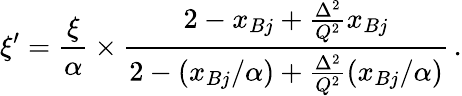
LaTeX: \xi^{\prime}=\frac{\xi}{\alpha}\times\frac{2-x_{Bj}+\frac{\Delta^{2}}{Q^{2}}x_{Bj}}{2-(x_{Bj}/\alpha)+\frac{\Delta^{2}}{Q^{2}}(x_{Bj}/\alpha)}\, .